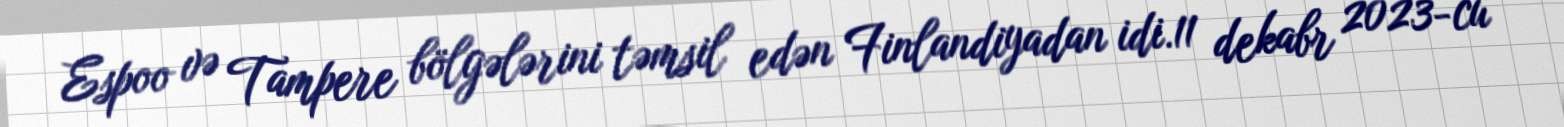
Espoo və Tampere bölgələrini təmsil edən Finlandiyadan idi.11 dekabr 2023-cü